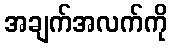
အချက်အလက်ကို